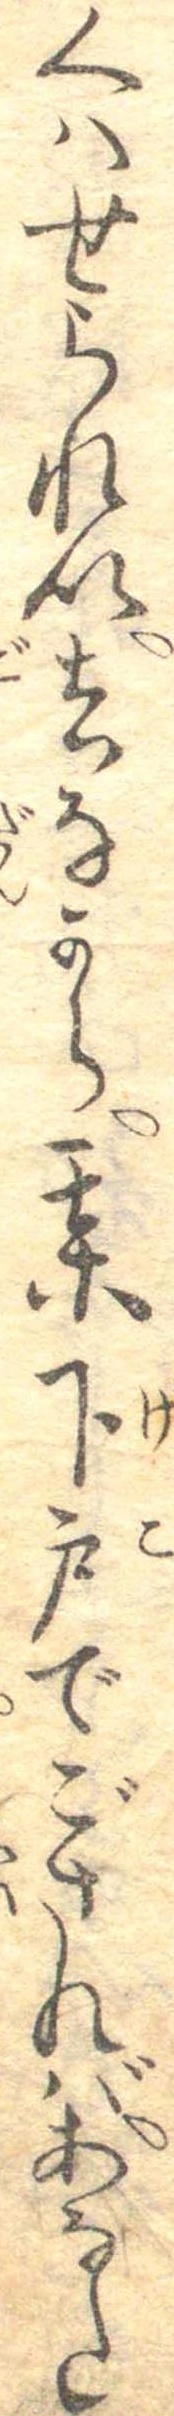
くはせられい去なから某下戸でごさればあなた